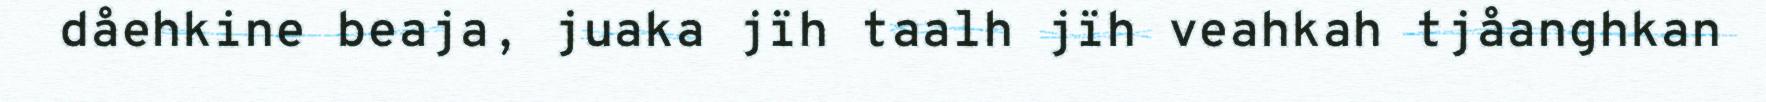
dåehkine beaja, juaka jïh taalh jïh veahkah tjåanghkan